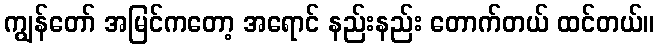
ကျွန်တော် အမြင်ကတော့ အရောင် နည်းနည်း တောက်တယ် ထင်တယ်။